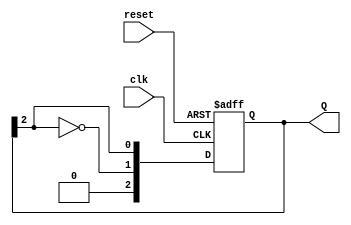
module johnson_counter #(
    parameter N = 3 // Number of flip-flops
)(
    input wire clk,        // Clock signal
    input wire reset,      // Asynchronous reset signal
    output reg [N-1:0] Q   // Output state of the counter
);

// Sequential logic for the Johnson Counter
always @(posedge clk or posedge reset) begin
    if (reset) begin
        Q <= 0; // Initialize all flip-flops to zero on reset
    end else begin
        Q <= {~Q[N-1], Q[N-1:N-1]}; // Shift and feedback
    end
end

endmodule